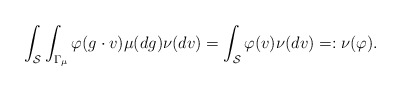
\begin{align*}\int_{\mathcal{S}} \int_{\Gamma_{\mu}} \varphi(g \cdot v) \mu(dg) \nu(dv) = \int_{\mathcal{S}} \varphi(v) \nu(dv) =: \nu(\varphi). \end{align*}